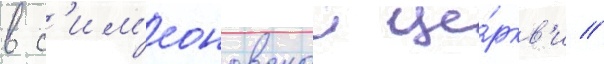
в с'им'еоновскои це́ркв'и //